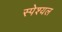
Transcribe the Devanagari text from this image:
स्पेश्यल